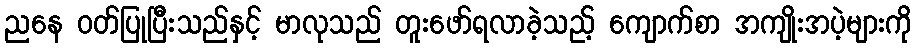
ညနေ ဝတ်ပြုပြီးသည်နှင့် မာလုသည် တူးဖော်ရလာခဲ့သည့် ကျောက်စာ အကျိုးအပဲ့များကို